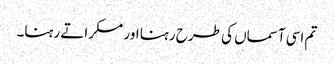
تم اسی آسماں کی طرح رہنا اور مسکراتے رہنا۔